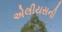
એલીયસની